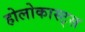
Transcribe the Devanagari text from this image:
होलोकास्ट्स